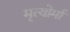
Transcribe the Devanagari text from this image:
मृत्योर्मा